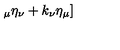
_ { \mu } \eta _ { \nu } + k _ { \nu } \eta _ { \mu } ]